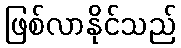
ဖြစ်လာနိုင်သည်